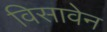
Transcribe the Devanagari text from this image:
विसावेन